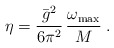
\begin{align*}\eta=\frac{\bar{g}^2}{6\pi^2}\, \frac{\omega_{{\rm max}}}{M} \; .\end{align*}